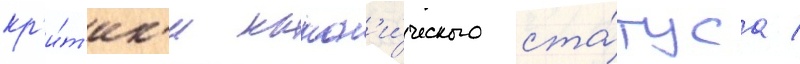
кр'и́т'ик'и канон'и́ческого ста́туса /